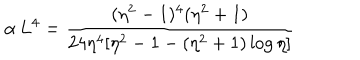
LaTeX: \alpha \, L ^ { 4 } = \frac { ( \eta ^ { 2 } - 1 ) ^ { 4 } ( \eta ^ { 2 } + 1 ) } { 2 4 \eta ^ { 4 } [ \eta ^ { 2 } - 1 - ( \eta ^ { 2 } + 1 ) \log { \eta } ] }